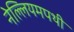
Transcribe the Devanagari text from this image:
नेल्लियमपथी